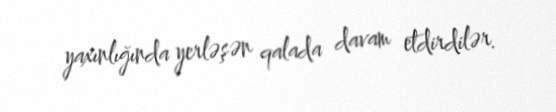
yaxınlığında yerləşən qalada davam etdirdilər.